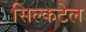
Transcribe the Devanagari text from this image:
सिल्कटेल